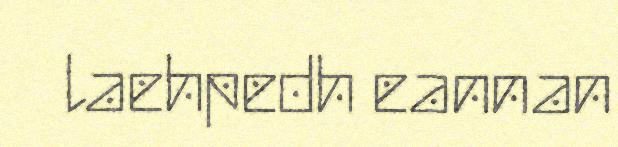
laehpedh eannan